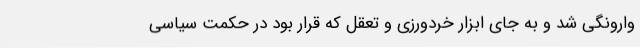
وارونگی شد و به جای ابزار خردورزی و تعقل که قرار بود در حکمت سیاسی